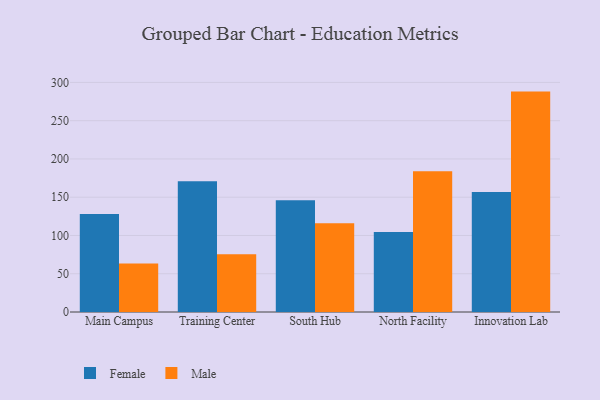
{"axis": {"x": "Campus", "y": "Latency (ms)"}, "legend": ["Female", "Male"], "data": [{"x": "Main Campus", "y": 127.9, "type": "Female"}, {"x": "Main Campus", "y": 63.5, "type": "Male"}, {"x": "Training Center", "y": 170.7, "type": "Female"}, {"x": "Training Center", "y": 75.4, "type": "Male"}, {"x": "South Hub", "y": 146.0, "type": "Female"}, {"x": "South Hub", "y": 116.0, "type": "Male"}, {"x": "North Facility", "y": 104.4, "type": "Female"}, {"x": "North Facility", "y": 183.9, "type": "Male"}, {"x": "Innovation Lab", "y": 156.7, "type": "Female"}, {"x": "Innovation Lab", "y": 288.0, "type": "Male"}]}